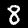
Digit: 8